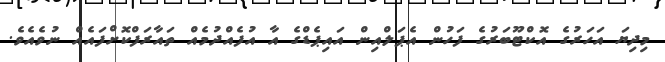
މިދިޔަ އަހަރުގެ އޮކްޓޫބަރުގެ ފަހުން އެޕަލްއިން އައިޕެޑްގެ އާ އުފެއްދުމެއް ތައާރަފްކޮށްފައެއް ނުވެއެވެ.